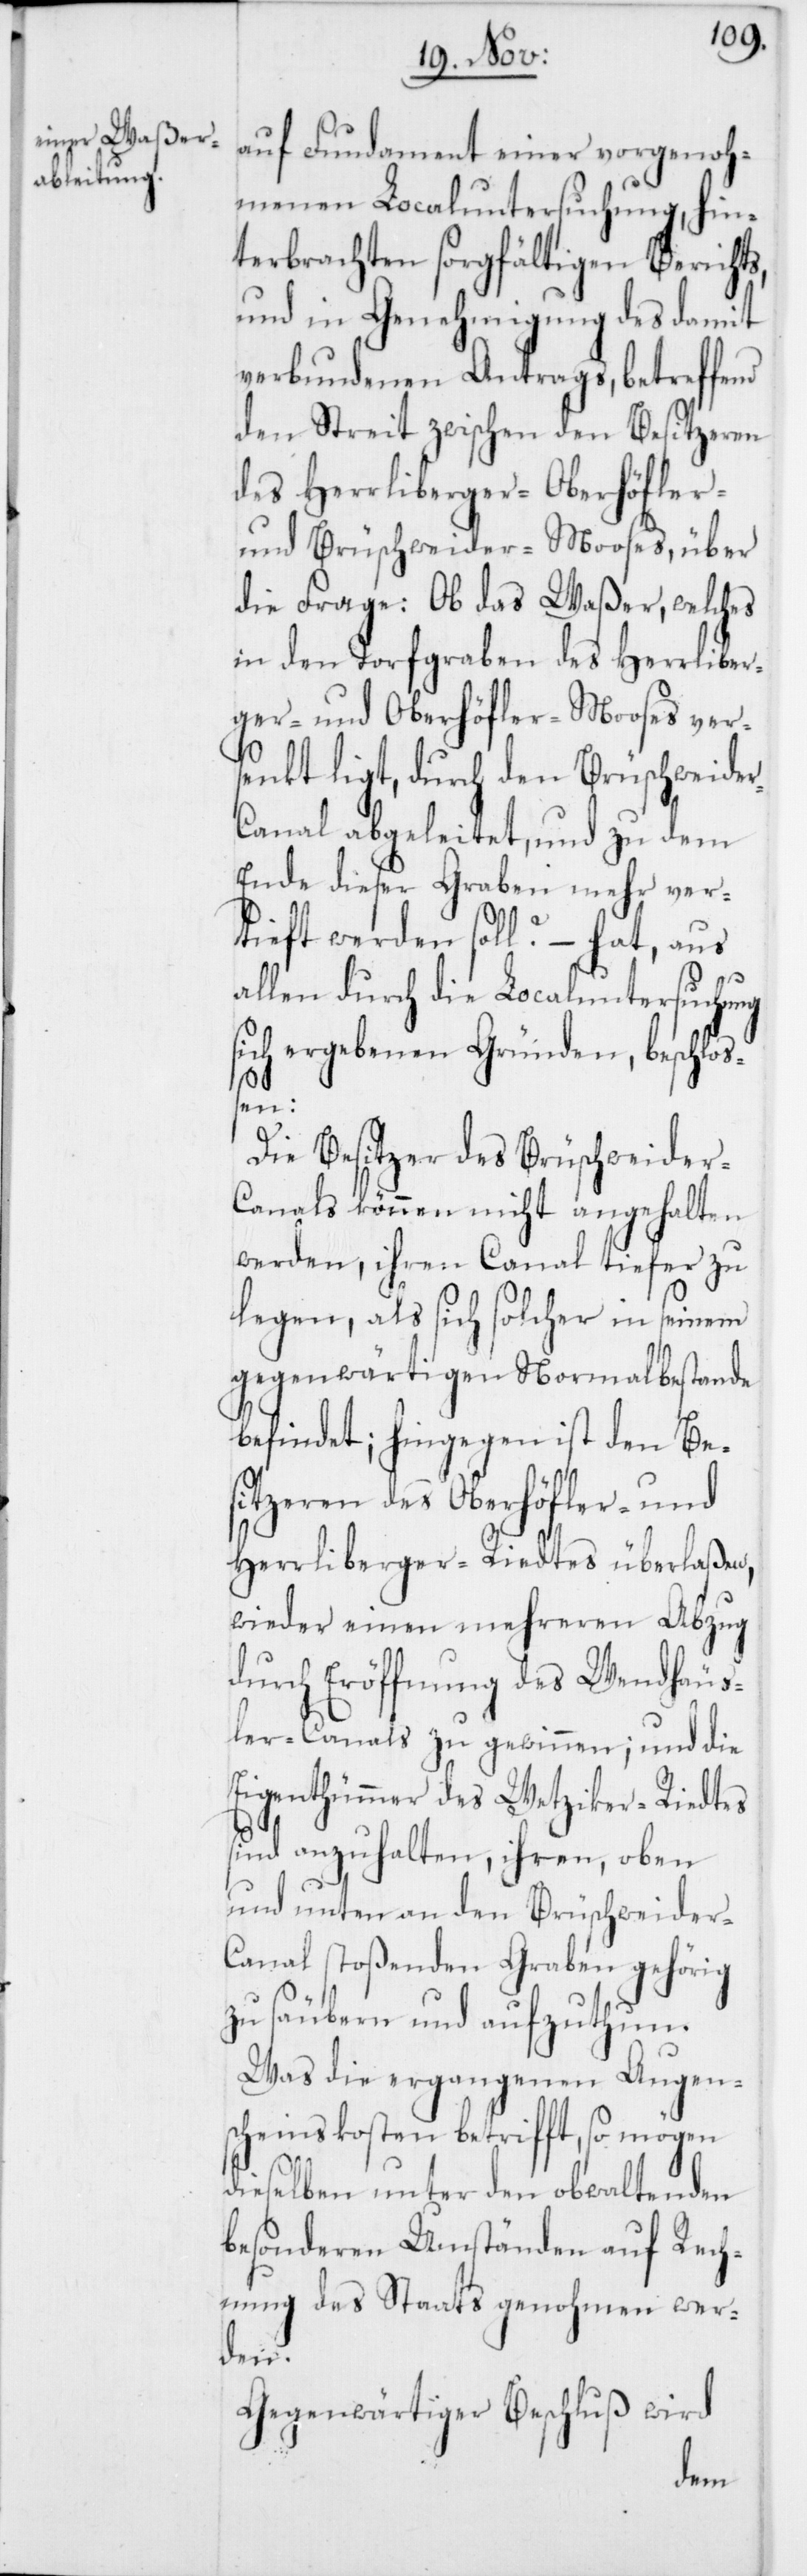
auf Fundament einer vorgenoh¬
menen Localuntersuchung, hin¬
terbrachten sorgfältigen Berichts,
und in Genehmigung des damit
verbundenen Antrags, betreffend
den Streit zwischen den Besitzeren
des Herrliberger-[,] Oberhöfler-
und Brüschweider-Mooses, über
die Frage: Ob das Waßer, welches
in den Torfgraben des Herrliber¬
ger- und Oberhöfler-Mooses vers¬
enkt ligt, durch denn Brüschweide¬
r-Canal abgeleitet, und zu dem
Ende dieser Graben mehr ver¬
tieft werden soll? – hat, aus
allen durch die Localuntersuchung
sich ergebenen Gründen, beschloß¬
en:
Die Besitzer des Brüschweider-C¬
anals können nicht angehalten
werden, ihren Canal tiefer zu
legen, als sich solcher in seinem
gegenwärtigen Normalbestande
befindet; hingegen ist den Be¬
sitzeren des Oberhöfler- und
Herrliberger-Riedtes überlaßen,
wieder einen mehreren Abzug
durch Eröffnung des Wendhäus¬
ler-Canals zu gewinnen; und die
Eigenthümmer des Wetziker-Riedtes
sind anzuhalten, ihren, oben
und unten an den Brüschweider-C¬
anal stoßenden Graben gehörig
zu säubern und aufzuthun.
Was die ergangenen Augen¬
scheinskosten betrifft, so mögen
dieselben unter den obwaltenden
besonderen Umständen auf Rech¬
nung des Staats genohmen wer¬
den.
Gegenwärtiger Beschluß wird